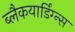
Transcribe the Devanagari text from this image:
ब्लैकयार्डिंग्न्स